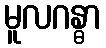
မူလဂန္ဓာ